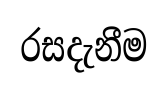
රසදැනීම